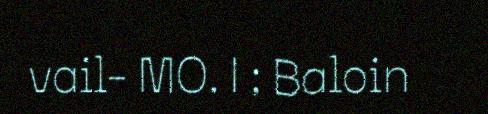
vail- MO. | ; Baloin